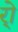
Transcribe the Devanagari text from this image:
र्‍ाे